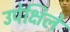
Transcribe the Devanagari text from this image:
उपेक्षिले